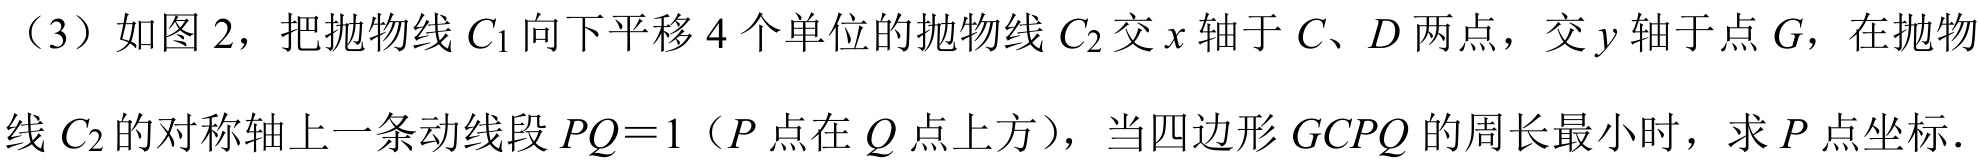
（3）如图 2，把抛物线 \(C_{1}\) 向下平移 \(4\) 个单位的抛物线 \(C_{2}\) 交 \(x\) 轴于 \(C、D\) 两点，交 \(y\) 轴于点 \(G\)，在抛物线 \(C_{2}\) 的对称轴上一条动线段 \(PQ = 1\)（\(P\) 点在 \(Q\) 点上方），当四边形 \(GCPQ\) 的周长最小时，求 \(P\) 点坐标.